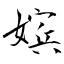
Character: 嫔